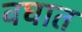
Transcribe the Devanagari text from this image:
वघात